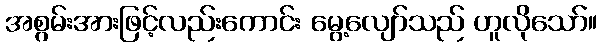
အစွမ်းအားဖြင့်လည်းကောင်း မွေ့လျော်သည် ဟူလိုသော်။